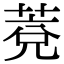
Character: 萒